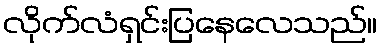
လိုက်လံရှင်းပြနေလေသည်။